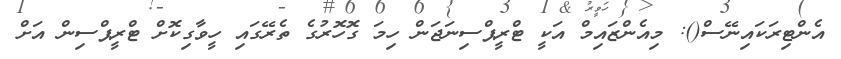
އެންޓިރަކައިނޭސް(): މިއެންޒައިމް އަކީ ޓްރީޕްސިނަޖަން ހިމަ ގޮހޮރުގެ ތެރޭގައި ހީވާގިކޮށް ޓްރީޕްސިން އަށް